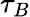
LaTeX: \tau_{B}